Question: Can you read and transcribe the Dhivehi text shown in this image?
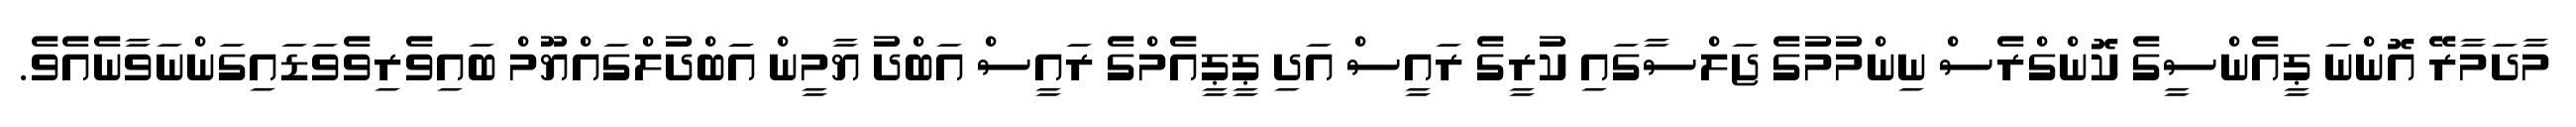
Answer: މާދަމާރޭ އޮންނަ ޕީއެންސީގެ ކޮންގްރެސް ނިންމުމުގެ ޖަލްސާގައި ކުރީގެ ރައީސް އަދި ޕީޕީއެމްގެ ރައީސް އަބްދު ޔާމީން އަަބްދުލްގައްޔޫމް ބައިވެރިވެވަޑައިގަންނަވާނެއެވެ.